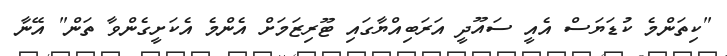
"ކިތަންމެ ކުޑަޔަސް އެއީ ސައޫދީ އަރަބިއްޔާގައި ޓޫރިޒަމަށް އެންމެ އެކަށީގެންވާ ތަން" އޭނާ